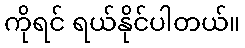
ကိုရင် ရယ်နိုင်ပါတယ်။